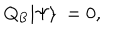
LaTeX: Q _ { \mathrm { B } } | \Psi \rangle \ = 0 ,